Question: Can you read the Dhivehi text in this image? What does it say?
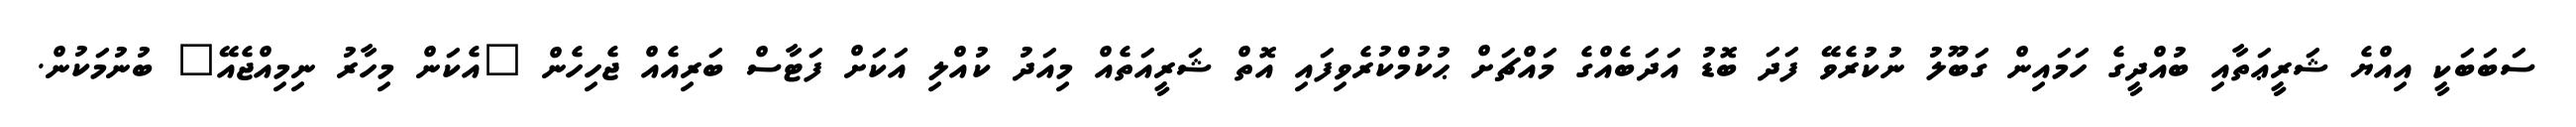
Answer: ސަބަބަކީ އިއްޔެ ޝަރީޢަތާއި ބުއްދީގެ ހަމައިން ގަބޫލު ނުކުރެވޭ ފަދަ ބޮޑު އަދަބެއްގެ މައްޗަށް ޙުކުމްކުރެވިފައި އޮތް ޝަރީއަތެއް މިއަދު ކުއްލި އަކަށް ފަޓާސް ބަރިއެއް ޖެހިހެން "އެކަން މިހާރު ނިމިއްޖެއޭ" ބުނުމަކުން.